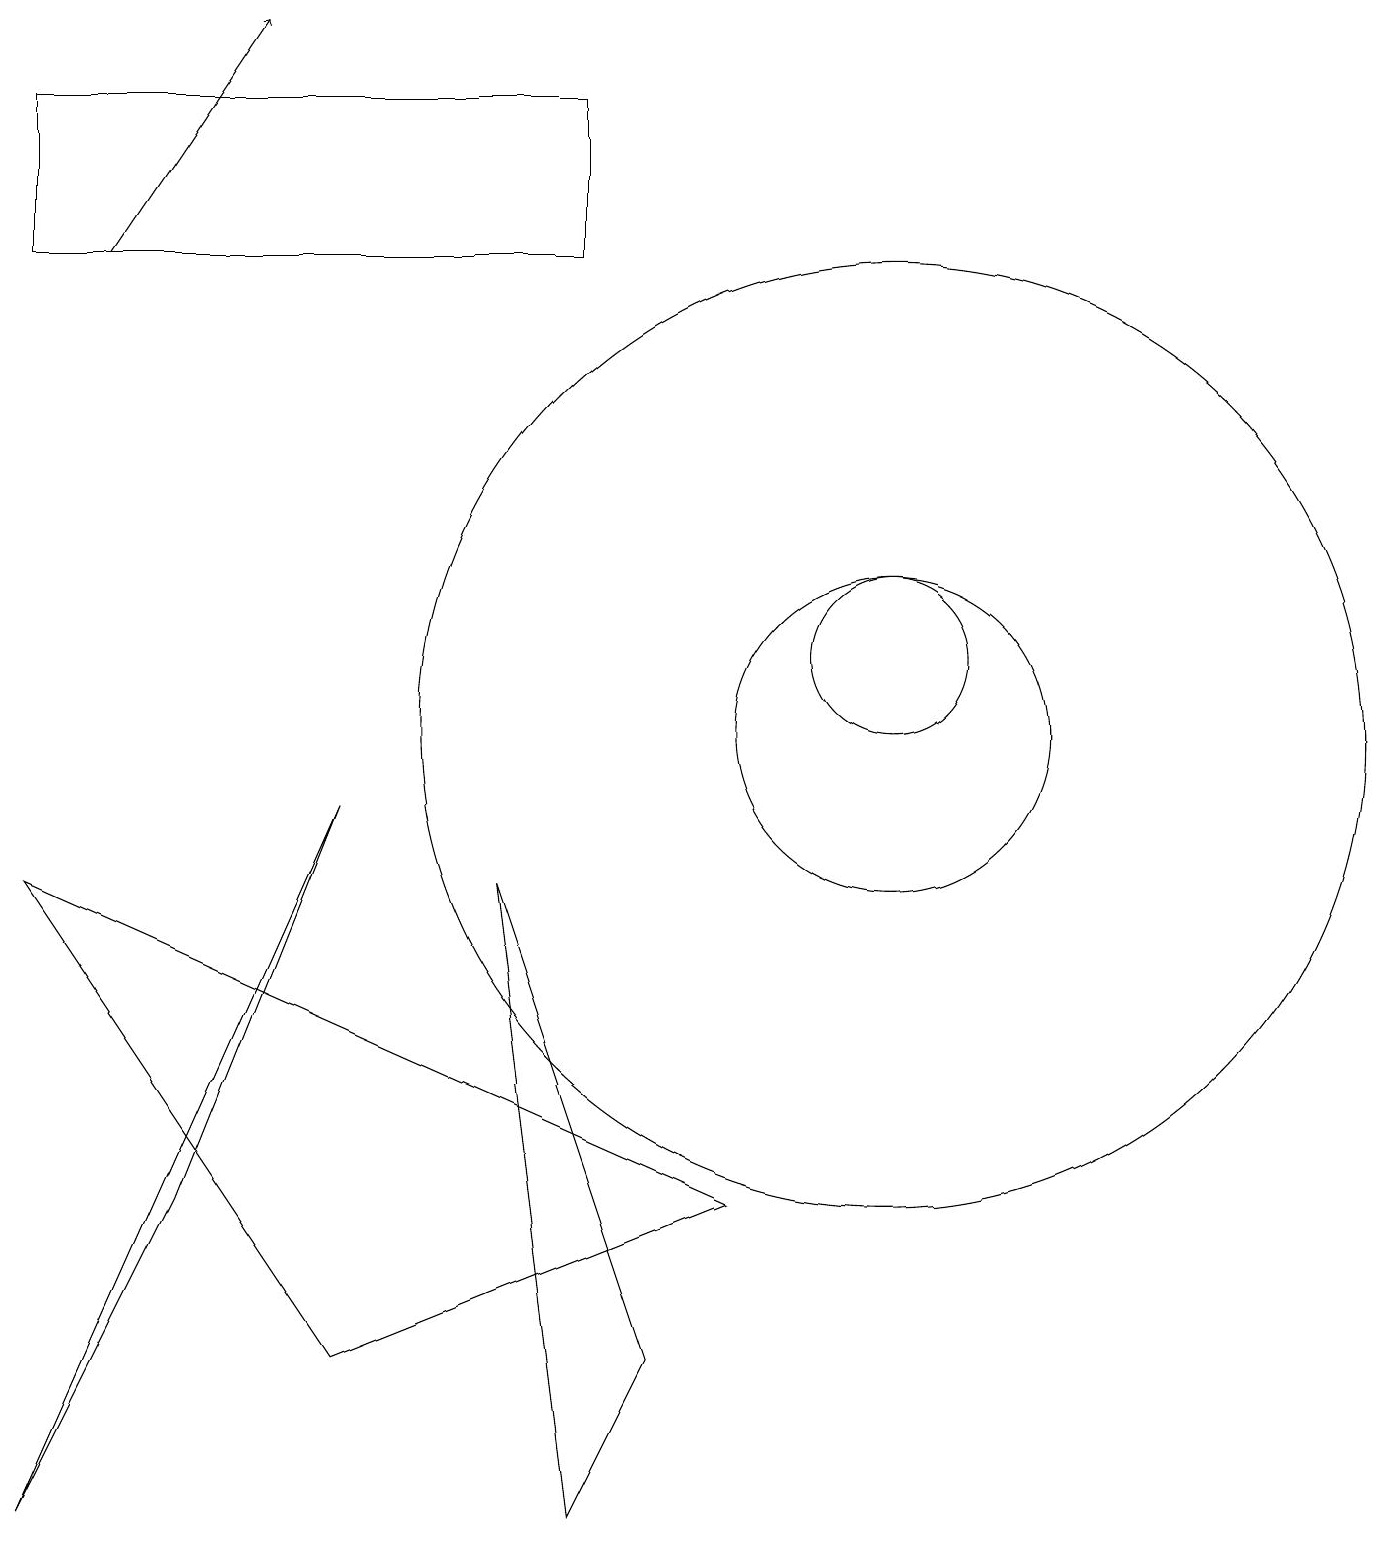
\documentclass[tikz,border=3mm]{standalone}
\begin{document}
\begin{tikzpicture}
\draw (0,0) -- (2,4) -- (4,9) -- cycle;
\draw (9,4) -- (0,8) -- (4,2) -- cycle;
\draw (11,10) circle (2);
\draw[->] (1,16) -- (3,19);
\draw (11,11) circle (1);
\draw (11,10) circle (6);
\draw (7,0) -- (8,2) -- (6,8) -- cycle;
\draw (0,16) rectangle (7,18);
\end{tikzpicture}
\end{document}